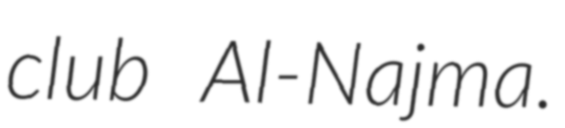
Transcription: club Al-Najma.